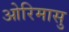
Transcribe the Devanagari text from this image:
ओरिमासु